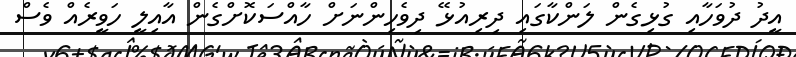
އީދު ދުވަހާއި ގުޅިގެން ލަންކާގައި ދިރިއުޅޭ ދިވެހިންނަށް ހާއްސަކޮށްގެން އާއިލީ ހަވީރެއް ވެސް